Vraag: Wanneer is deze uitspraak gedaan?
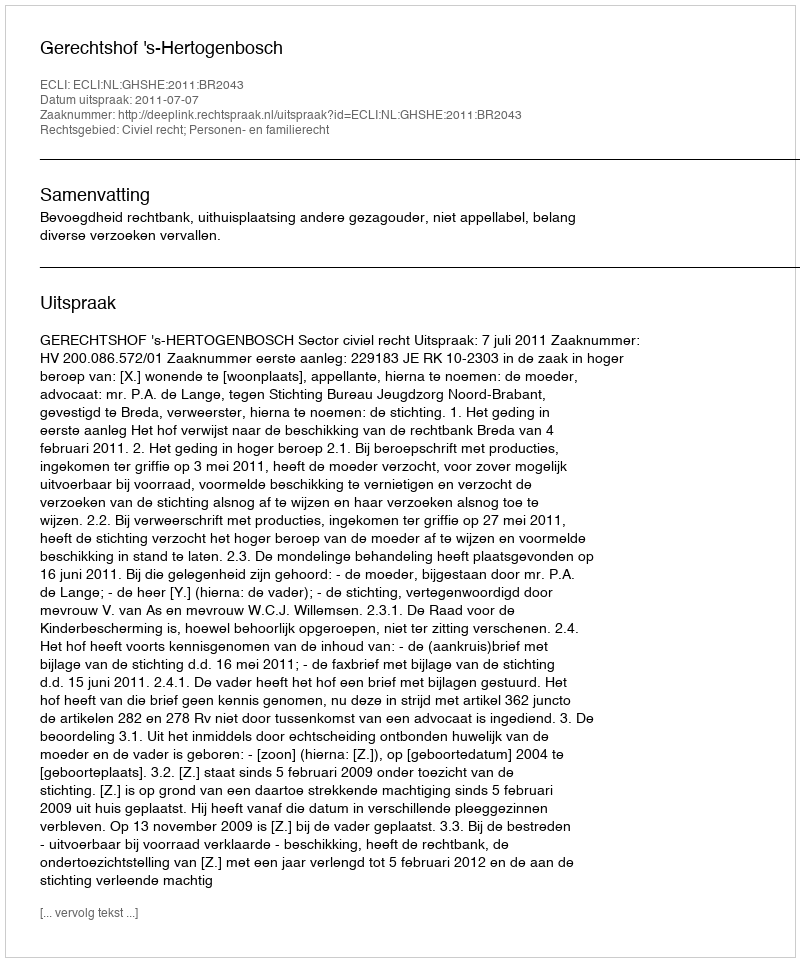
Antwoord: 2011-07-07